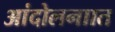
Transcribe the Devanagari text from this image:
आंदोलनाात